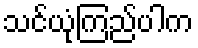
သင်ယုံကြည်ပါက